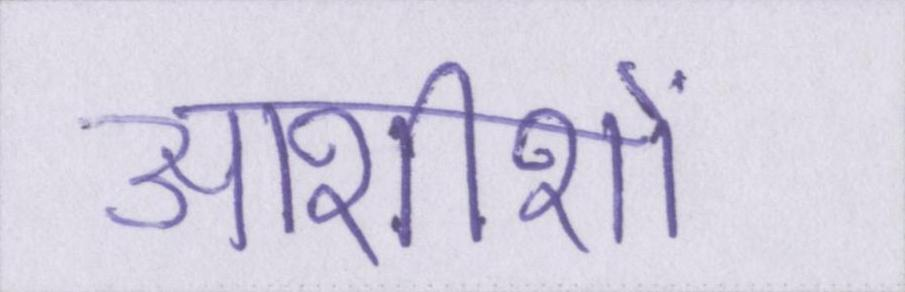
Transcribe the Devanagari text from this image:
आशीशों